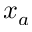
x _ { a }